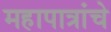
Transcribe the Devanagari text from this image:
महापात्रांचे